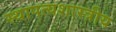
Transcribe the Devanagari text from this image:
स्थापत्यशास्त्रीय